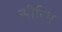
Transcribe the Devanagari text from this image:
सीरिम